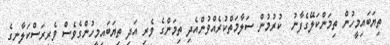
ތިޔަބައިމީހުން ތިމަންކަލޭގެފާނު  ކުރުމުން ސަލާމަތްކުރެއްވުންއެދި ތިމަންގެ ވެރި އަދި ތިޔަބައިމީހުންގެވެސް ވެރިރަސްކަލާނގެ